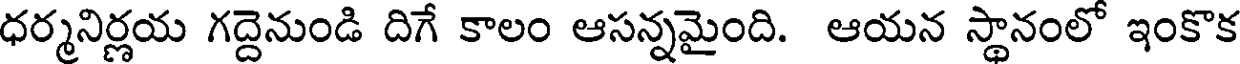
ధర్మనిర్ణయ గద్దెనుండి దిగే కాలం ఆసన్నమైంది. ఆయన స్థానంలో ఇంకొక